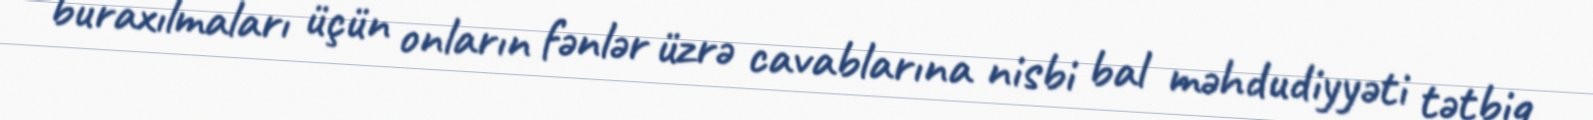
buraxılmaları üçün onların fənlər üzrə cavablarına nisbi bal məhdudiyyəti tətbiq